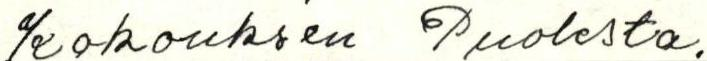
Kokouksen Puolesta.